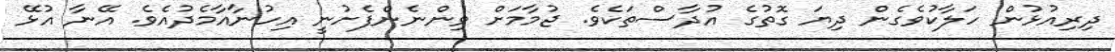
ދިރިއުޅުން ހަލާކުވެގެން ދިޔަ ގޮތުގެ އުދާސްތަކެވެ. ޖުމާމަށް ވިންނެންފެށުނީ އިހުނާއާމެދުއެވެ. އޭނާ އުޅޭ